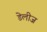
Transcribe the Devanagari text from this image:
डेलीज